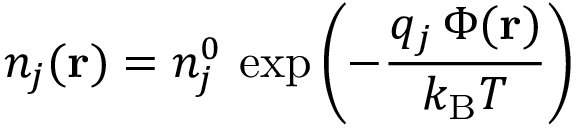
n _ { j } ( \mathbf { r } ) = n _ { j } ^ { 0 } \, \exp \left( - { \frac { q _ { j } \, \Phi ( \mathbf { r } ) } { k _ { \mathrm { { B } } } T } } \right)